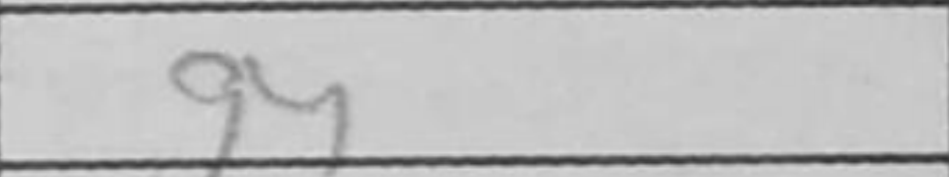
Transcription: g4